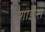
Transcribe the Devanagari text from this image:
शाईंस